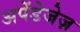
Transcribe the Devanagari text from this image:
अपेंडेजेज़